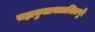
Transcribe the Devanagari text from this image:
सह्यकुलाचलाश्रितपुरे